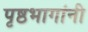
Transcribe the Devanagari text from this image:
पृष्ठभागांनी